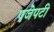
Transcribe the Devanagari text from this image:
एजेपटी